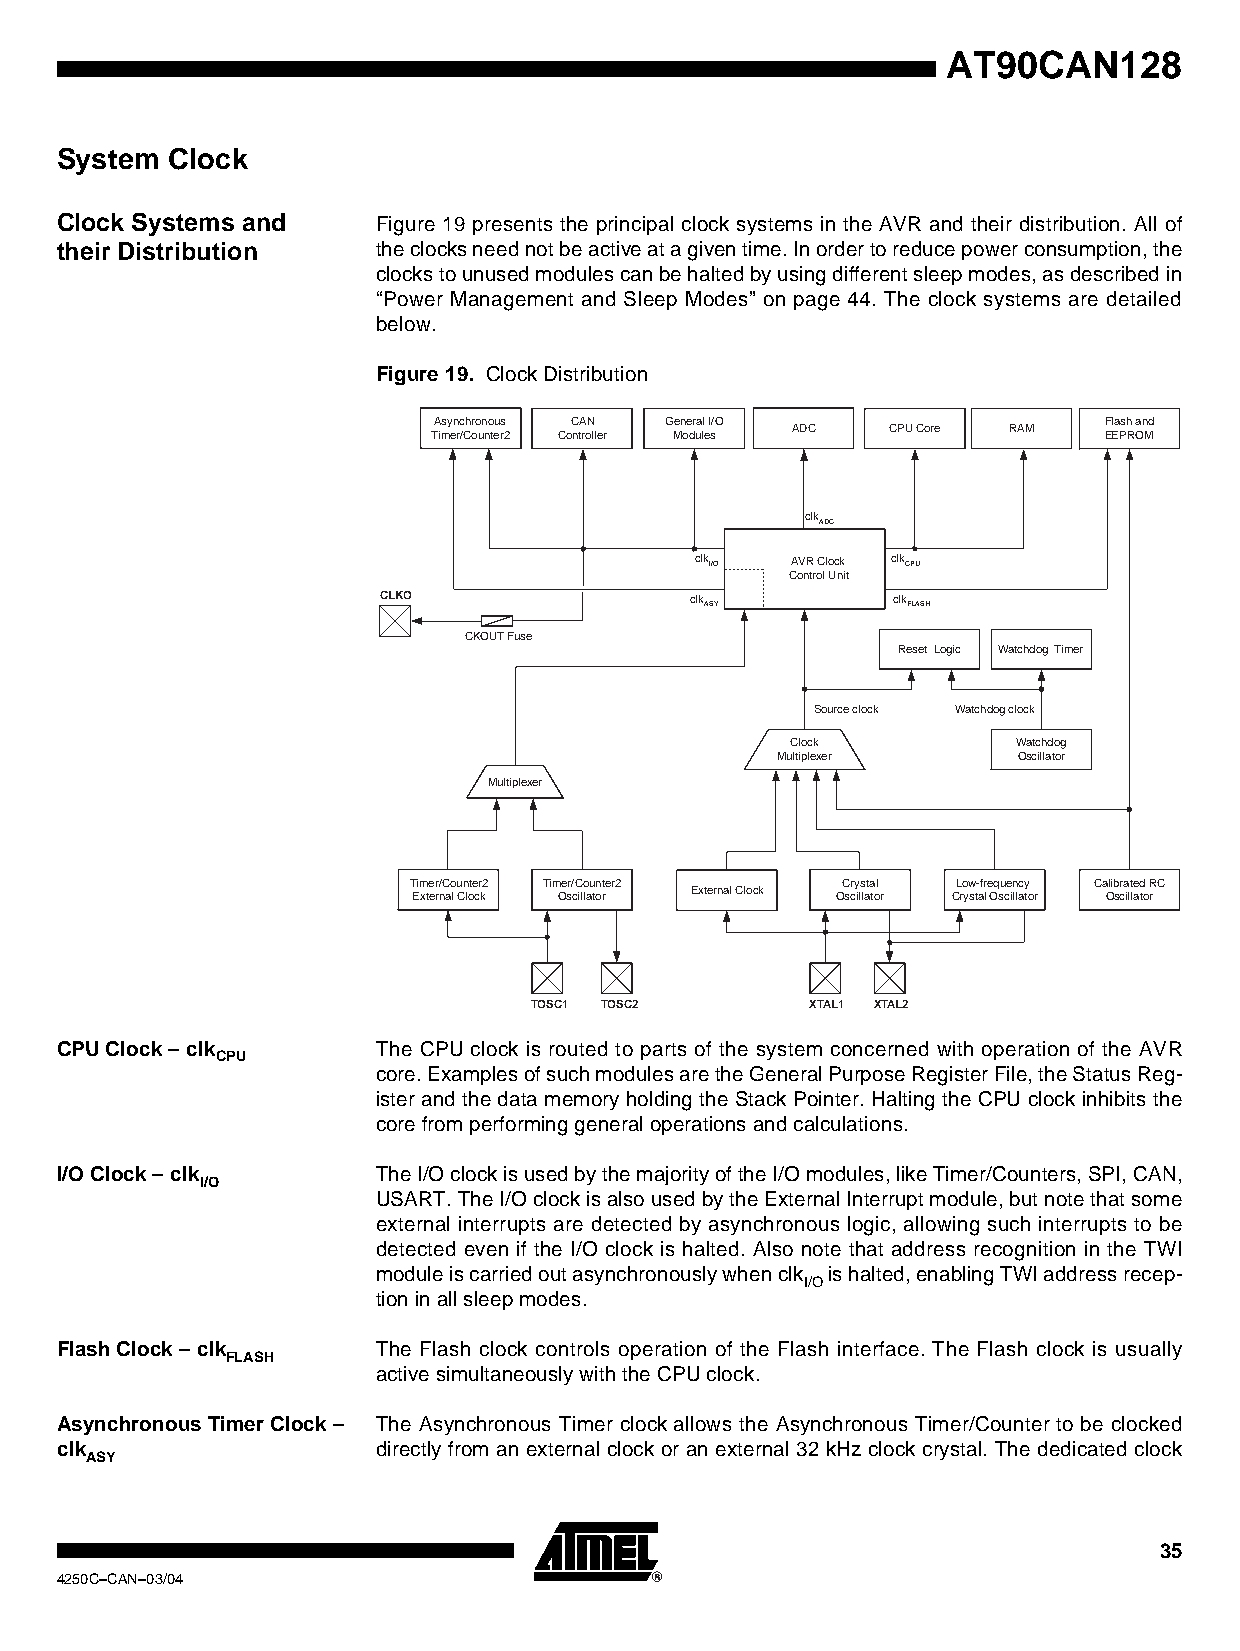
AT90CAN128
 System Clock
 Clock Systems and    Figure 19 presents the principal clock systems in the AVR and their distribution. All of
 their Distribution   the clocks need not be active at a given time. In order to reduce power consumption, the
 clocks to unused modules can be halted by using different sleep modes, as described in
 “Power Management and Sleep Modes” on page 44. The clock systems are detailed
 below.
 Figure 19. Clock Distribution
 Asynchronous CAN General I/O                Flash and
 ADC    CPU Core RAM
 Timer/Counter2 Controller Modules           EEPROM
 clk
 ADC
 clk I/O AVR Clock clk CPU
 Control Unit
 CLKO                 clk          clk
 ASY          FLASH
 CKOUT Fuse
 Reset Logic Watchdog Timer
 Source clock Watchdog clock
 Clock          Watchdog
 Multiplexer     Oscillator
 Multiplexer
 Timer/Counter2 Timer/Counter2 Crystal Low-frequency Calibrated RC
 External Clock
 External Clock Oscillator   Oscillator Crystal Oscillator Oscillator
 TOSC1 TOSC2        XTAL1 XTAL2
 CPU Clock – clk      The CPU clock is routed to parts of the system concerned with operation of the AVR
 CPU
 core. Examples of such modules are the General Purpose Register File, the Status Reg-
 ister and the data memory holding the Stack Pointer. Halting the CPU clock inhibits the
 core from performing general operations and calculations.
 I/O Clock – clk      The I/O clock is used by the majority of the I/O modules, like Timer/Counters, SPI, CAN,
 I/O
 USART. The I/O clock is also used by the External Interrupt module, but note that some
 external interrupts are detected by asynchronous logic, allowing such interrupts to be
 detected even if the I/O clock is halted. Also note that address recognition in the TWI
 module is carried out asynchronously when clk is halted, enabling TWI address recep-
 I/O
 tion in all sleep modes.
 Flash Clock – clk    The Flash clock controls operation of the Flash interface. The Flash clock is usually
 FLASH
 active simultaneously with the CPU clock.
 Asynchronous Timer Clock – The Asynchronous Timer clock allows the Asynchronous Timer/Counter to be clocked
 clk                  directly from an external clock or an external 32 kHz clock crystal. The dedicated clock
 ASY
 35
 4250C–CAN–03/04